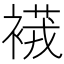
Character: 𧜆